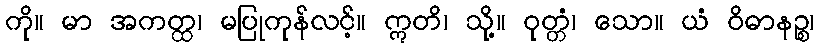
ကို။ မာ အကတ္ထ၊ မပြုကုန်လင့်။ ဣတိ၊ သို့။ ဝုတ္တံ၊ သော။ ယံ ဝိဓာနဉ္စ၊